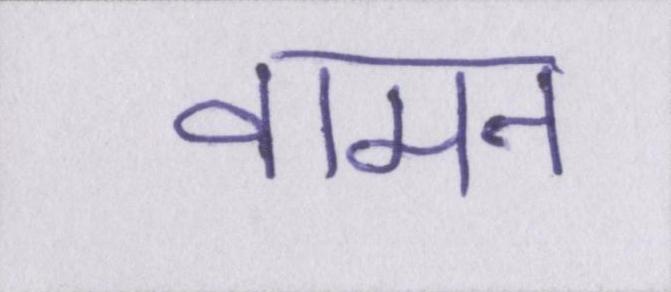
वामन